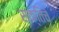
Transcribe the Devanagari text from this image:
सक्तिचे